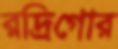
রদ্রিগোর